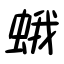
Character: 蛾